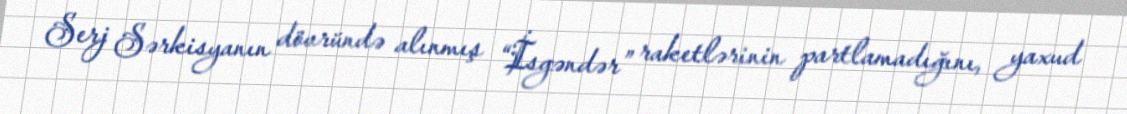
Serj Sərkisyanın dövründə alınmış “İsgəndər” raketlərinin partlamadığını, yaxud